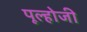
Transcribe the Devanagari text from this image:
पूल्होजी